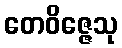
တေဝိဇ္ဇေသု